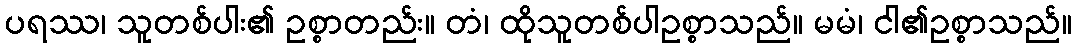
ပရဿ၊ သူတစ်ပါး၏ ဥစ္စာတည်း။ တံ၊ ထိုသူတစ်ပါဥစ္စာသည်။ မမံ၊ ငါ၏ဥစ္စာသည်။